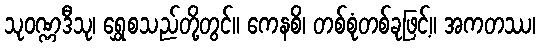
သုဝဏ္ဏဒီသု၊ ရွှေစသည်တို့တွင်။ ကေနစိ၊ တစ်စုံတစ်ခုဖြင့်။ အကတဿ၊